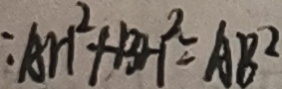
: A H ^ { 2 } + B H ^ { 2 } = A B ^ { 2 }